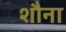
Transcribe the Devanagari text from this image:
शौना